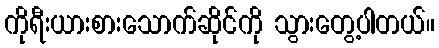
ကိုရီးယားစားသောက်ဆိုင်ကို သွားတွေ့ပါတယ်။